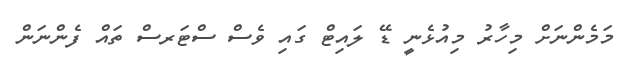
މަމެންނަށް މިހާރު މިއުޅެނީ ޑޭ ލައިޓް ގައި ވެސް ސްޓަރސް ތައް ފެންނަން